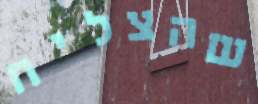
שהצליח